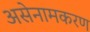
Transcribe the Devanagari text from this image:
असेनामकरण